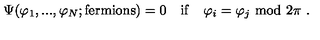
\Psi ( \varphi _ { 1 } , . . . , \varphi _ { N } ; \mathrm { f e r m i o n s } ) = 0 \quad \mathrm { i f } \quad \varphi _ { i } = \varphi _ { j } \ \mathrm { m o d } \ 2 \pi \ .